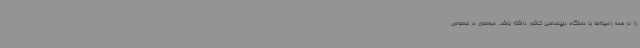
را در همه زمینه‌ها با دستگاه دیپلماسی کشور داشته باشد. موسوی در خصوص